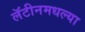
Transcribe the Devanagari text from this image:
लॅटीनमधल्या